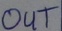
Text: OUT